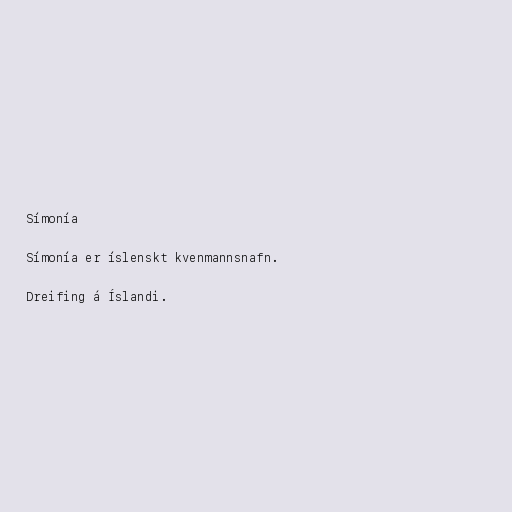
Símonía

Símonía er íslenskt kvenmannsnafn.

Dreifing á Íslandi.